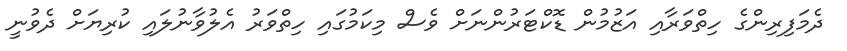
ދެމަފިރިންގެ ހިތްވަރާއި އަޒުމުން ޑޮކްޓަރުންނަށް ވެސް މިކަމުގައި ހިތްވަރު އެލުވާނުލައި ކުރިޔަށް ދެވުނީ